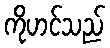
ကိုဟင်သည်